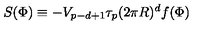
S ( \Phi ) \equiv - V _ { p - d + 1 } \tau _ { p } ( 2 \pi R ) ^ { d } f ( \Phi )